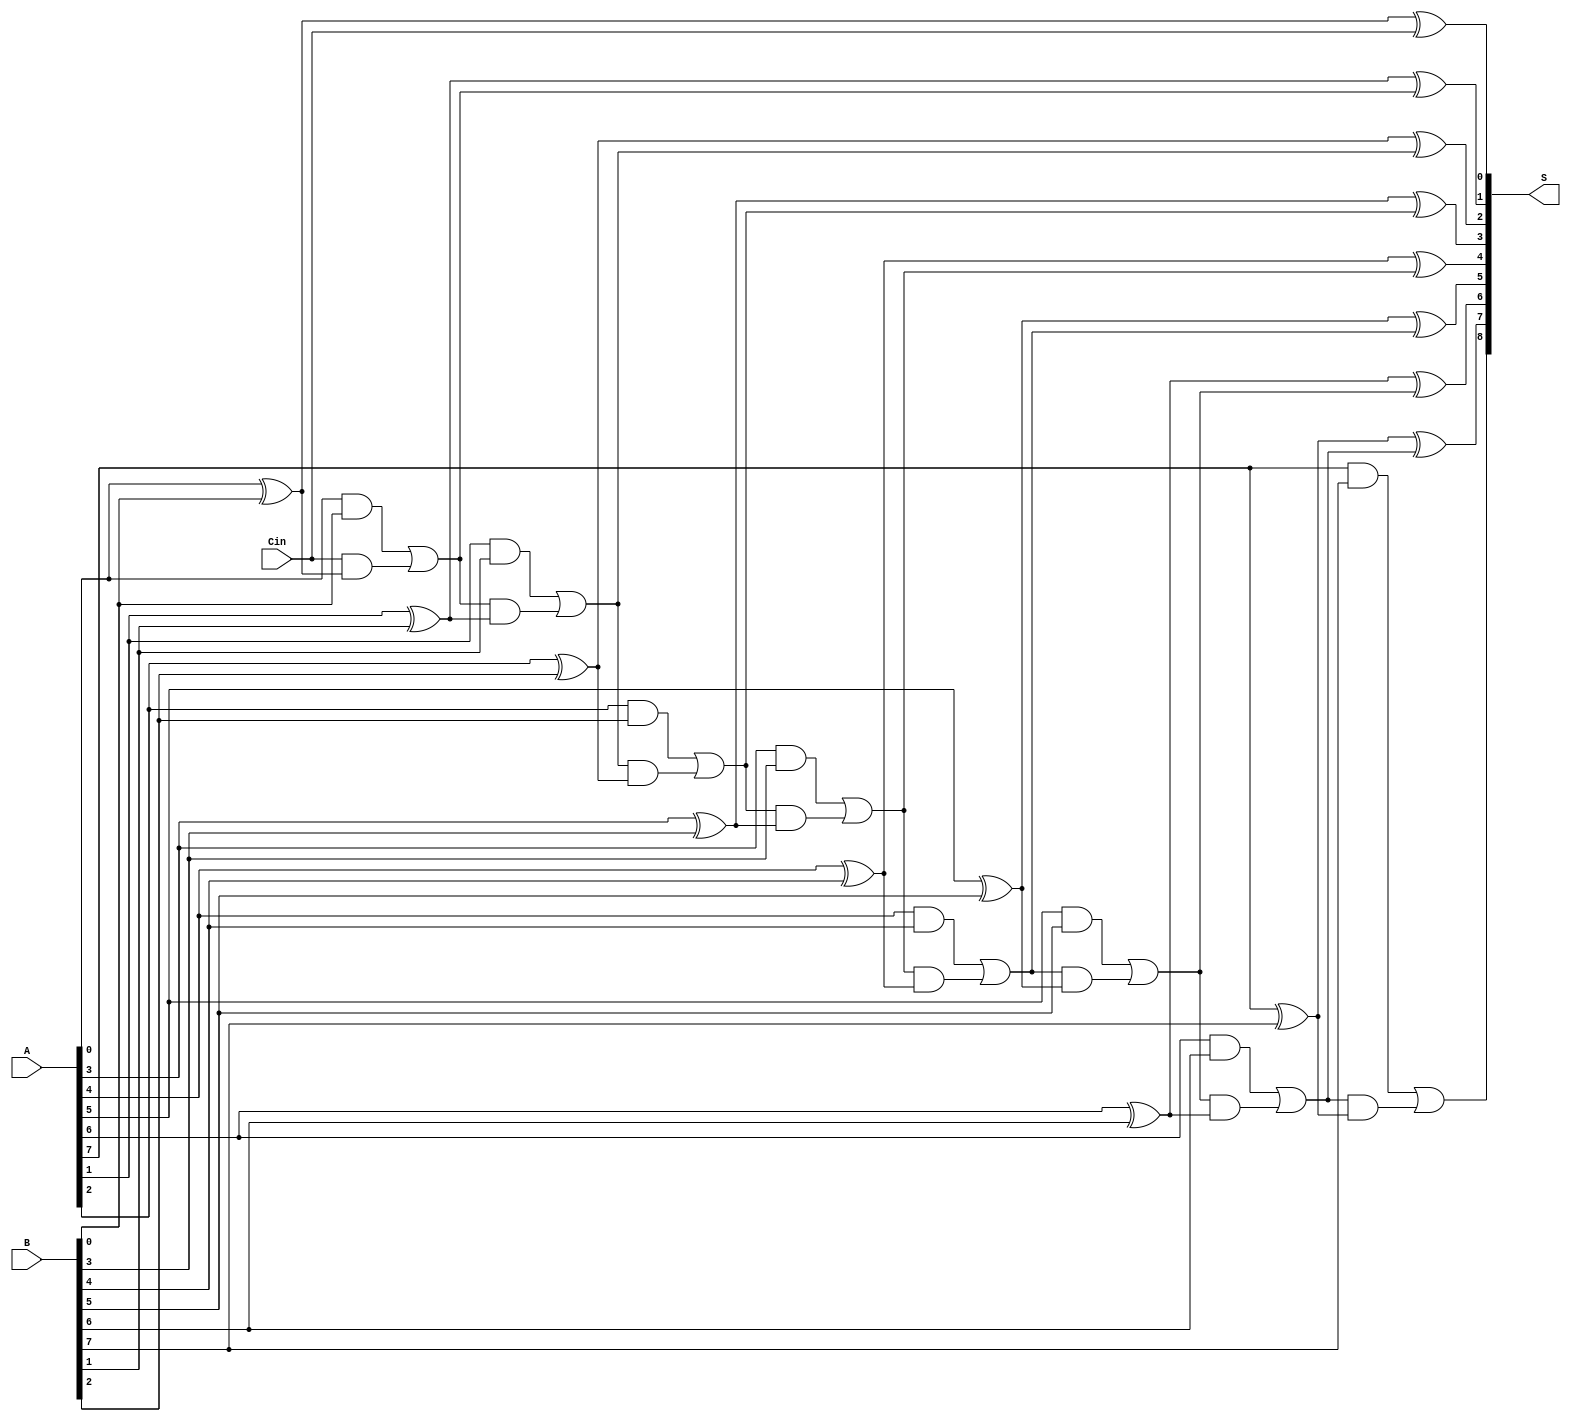
module PrecomputationCarryAdder #(parameter N = 8) (
    input  [N-1:0] A,        // N-bit input A
    input  [N-1:0] B,        // N-bit input B
    input         Cin,        // Carry input
    output [N:0] S           // (N+1)-bit output Sum
);

    wire [N:0] carry;        // Carry signals for each bit
    wire [N-1:0] sum;        // Sum for each bit

    // Precompute carry values
    assign carry[0] = Cin;  // Initial carry input
    genvar i;
    generate
        for (i = 0; i < N; i = i + 1) begin : carry_gen
            assign carry[i+1] = (A[i] & B[i]) | (carry[i] & (A[i] ^ B[i]));
        end
    endgenerate

    // Calculate sum using precomputed carry values
    generate
        for (i = 0; i < N; i = i + 1) begin : sum_gen
            assign sum[i] = A[i] ^ B[i] ^ carry[i];
        end
    endgenerate

    // Assign final output
    assign S[N-1:0] = sum;   // Sum bits
    assign S[N] = carry[N];   // Carry out

endmodule